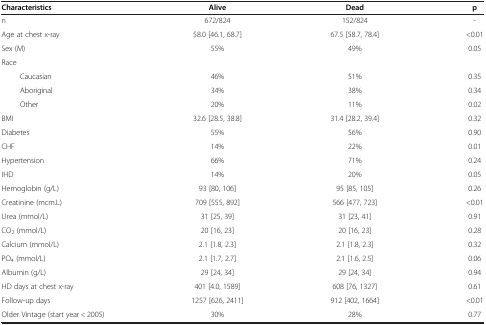
| Characteristics | Alive | Dead | p |
 | --- | --- | --- | --- |
 | n | 672/824 | 152/824 | - |
 | Age at chest x-ray | 58.0 [46.1, 68.7] | 67.5 [58.7, 78.4] | <0.01 |
 | Sex (M) | 55% | 49% | 0.05 |
 | Race |  |  |  |
 | Caucasian | 46% | 51% | 0.35 |
 | Aboriginal | 34% | 38% | 0.34 |
 | Other | 20% | 11% | 0.02 |
 | BMI | 32.6 [28.5, 38.8] | 31.4 [28.2, 39.4] | 0.32 |
 | Diabetes | 55% | 56% | 0.90 |
 | CHF | 14% | 22% | 0.01 |
 | Hypertension | 66% | 71% | 0.24 |
 | IHD | 14% | 20% | 0.05 |
 | Hemoglobin (g/L) | 93 [80, 106] | 95 [85, 105] | 0.26 |
 | Creatinine (mcm.L) | 709 [555, 892] | 566 [477, 723] | <0.01 |
 | Urea (mmol/L) | 31 [25, 39] | 31 [23, 41] | 0.91 |
 | CO2 (mmol/L) | 20 [16, 23] | 20 [16, 23] | 0.28 |
 | Calcium (mmol/L) | 2.1 [1.8, 2.3] | 2.1 [1.8, 2.3] | 0.32 |
 | PO4 (mmol/L) | 2.1 [1.7, 2.7] | 2.1 [1.6, 2.5] | 0.06 |
 | Albumin (g/L) | 29 [24, 34] | 29 [24, 34] | 0.94 |
 | HD days at chest x-ray | 401 [4.0, 1589] | 608 [76, 1327] | 0.61 |
 | Follow-up days | 1257 [626, 2411] | 912 [402, 1664] | <0.01 |
 | Older Vintage (start year < 2005) | 30% | 28% | 0.77 |